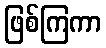
ဖြစ်ကြကာ